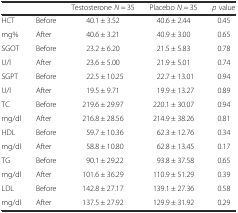
<table><thead><tr><td colspan="2"></td><td><b>Testosterone <i>N</i> = 35</b></td><td><b>Placebo <i>N</i> = 35</b></td><td><b><i>p</i> value</b></td></tr></thead><tbody><tr><td>HCT</td><td>Before</td><td>40.1 ± 3.52</td><td>40.6 ± 2.44</td><td>0.45</td></tr><tr><td>mg%</td><td>After</td><td>40.6 ± 3.21</td><td>40.9 ± 3.00</td><td>0.65</td></tr><tr><td>SGOT</td><td>Before</td><td>23.2 ± 6.20</td><td>21.5 ± 5.83</td><td>0.78</td></tr><tr><td>U/l</td><td>After</td><td>23.6 ± 5.00</td><td>21.9 ± 5.01</td><td>0.74</td></tr><tr><td>SGPT</td><td>Before</td><td>22.5 ± 10.25</td><td>22.7 ± 13.01</td><td>0.94</td></tr><tr><td>U/l</td><td>After</td><td>19.5 ± 9.71</td><td>19.9 ± 13.27</td><td>0.89</td></tr><tr><td>TC</td><td>Before</td><td>219.6 ± 29.97</td><td>220.1 ± 30.07</td><td>0.94</td></tr><tr><td>mg/dl</td><td>After</td><td>216.8 ± 28.56</td><td>214.9 ± 38.26</td><td>0.81</td></tr><tr><td>HDL</td><td>Before</td><td>59.7 ± 10.36</td><td>62.3 ± 12.76</td><td>0.34</td></tr><tr><td>mg/dl</td><td>After</td><td>58.8 ± 10.80</td><td>62.8 ± 13.45</td><td>0.17</td></tr><tr><td>TG</td><td>Before</td><td>90.1 ± 29.22</td><td>93.8 ± 37.58</td><td>0.65</td></tr><tr><td>mg/dl</td><td>After</td><td>101.6 ± 36.29</td><td>110.9 ± 51.29</td><td>0.39</td></tr><tr><td>LDL</td><td>Before</td><td>142.8 ± 27.17</td><td>139.1 ± 27.36</td><td>0.58</td></tr><tr><td>mg/dl</td><td>After</td><td>137.5 ± 27.92</td><td>129.9 ± 31.92</td><td>0.29</td></tr></tbody></table>